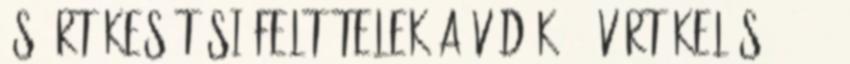
és értékesítési feltételek A védők - évértékelés 2011 -